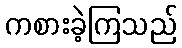
ကစားခဲ့ကြသည်